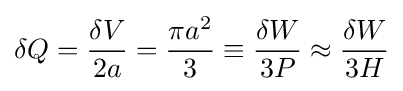
\delta Q={\frac {\delta V}{2a}}={\frac {\pi a^{2}}{3}}\equiv {\frac {\delta W}{3P}}\approx {\frac {\delta W}{3H}}